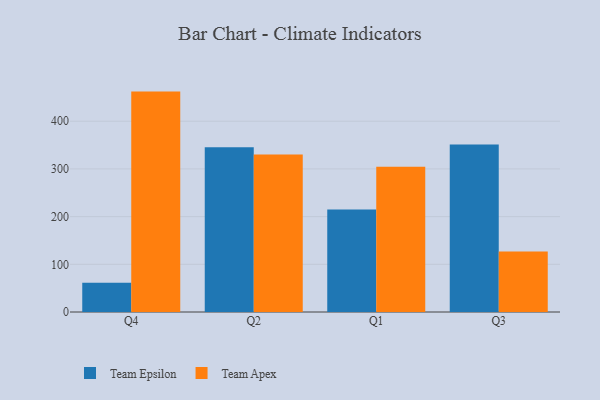
{"axis": {"x": "Quarter", "y": "Market Share (%)"}, "legend": ["Team Apex", "Team Epsilon"], "data": [{"x": "Q4", "y": 61.5, "type": "Team Epsilon"}, {"x": "Q4", "y": 462.1, "type": "Team Apex"}, {"x": "Q2", "y": 345.4, "type": "Team Epsilon"}, {"x": "Q2", "y": 330.3, "type": "Team Apex"}, {"x": "Q1", "y": 215.0, "type": "Team Epsilon"}, {"x": "Q1", "y": 304.4, "type": "Team Apex"}, {"x": "Q3", "y": 351.3, "type": "Team Epsilon"}, {"x": "Q3", "y": 126.7, "type": "Team Apex"}]}